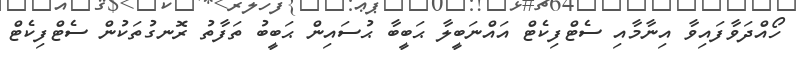
ހޯއްދަވާފައިވާ އިނާމާއި ސެޓްފިކެޓް އައްނަބީލާ ޙަބީބާ ޙުސައިން ޙަބީބު ތަފާތު ރޮނގުތަކުން ސެޓްފިކެޓް